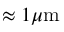
\approx 1 \mu \mathrm { m }